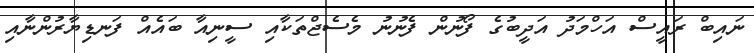
ނައިބް ރައީސް އަހްމަދު އަދީބުގެ ފޯނުން ފެނުނު މެސެޖްތަކާއި ސީނިއާ ބައެއް ފަނޑިޔާރުންނާއި